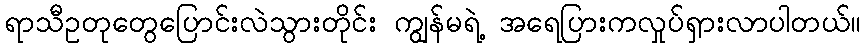
ရာသီဥတုတွေပြောင်းလဲသွားတိုင်း ကျွန်မရဲ့ အရေပြားကလှုပ်ရှားလာပါတယ်။